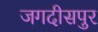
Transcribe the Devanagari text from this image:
जगदीसपुर